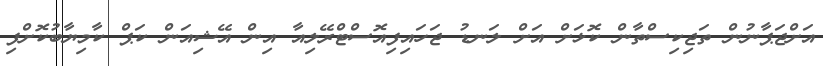
އަށްޖަޕާނުން ތަޖިކިސްތާން ކޮޅަށް އަށް ލަނޑު ޖަހައިފިއޮސްޓްރޭލިއާ އިން އޭޝިއަން ކަޕް ކާމިޔާބުކޮށްފި